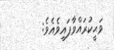
ވަޙީކުރައްވާފައިވެއެވެ: